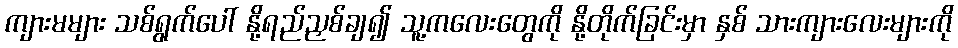
ကျားမများ သစ်ရွက်ပေါ် နို့ရည်ညှစ်ချ၍ သူ့ကလေးတွေကို နို့တိုက်ခြင်းမှာ နှစ် သားကျားလေးများကို